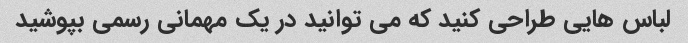
لباس هایی طراحی کنید که می توانید در یک مهمانی رسمی بپوشید